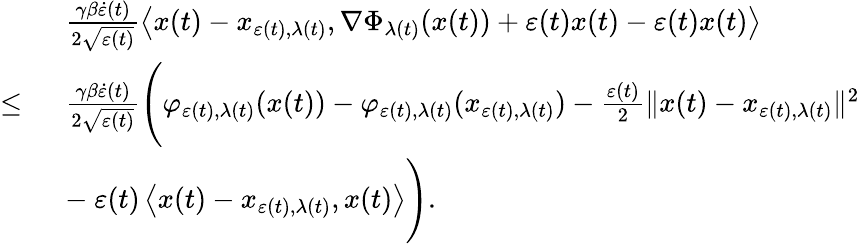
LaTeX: \begin{array}{rl}&{\frac{\gamma\beta\dot{\varepsilon}(t)}{2\sqrt{\varepsilon(t)}}\left\langle x(t)-x_{\varepsilon(t),\lambda(t)},\nabla\Phi_{\lambda(t)}(x(t))+\varepsilon(t)x(t)-\varepsilon(t)x(t)\right\rangle}\\ {\leq\ }&{\frac{\gamma\beta\dot{\varepsilon}(t)}{2\sqrt{\varepsilon(t)}}\Bigg(\varphi_{\varepsilon(t),\lambda(t)}(x(t))-\varphi_{\varepsilon(t),\lambda(t)}(x_{\varepsilon(t),\lambda(t)})-\frac{\varepsilon(t)}{2}\| x(t)-x_{\varepsilon(t),\lambda(t)}\| ^{2}}\\ &{-\ \varepsilon(t)\left\langle x(t)-x_{\varepsilon(t),\lambda(t)},x(t)\right\rangle\Bigg).}\end{array}